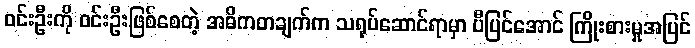
ဝင်းဦးကို ဝင်းဦးဖြစ်စေတဲ့ အဓိကတချက်က သရုပ်ဆောင်ရာမှာ ပီပြင်အောင် ကြိုးစားမှုအပြင်